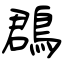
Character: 鵘